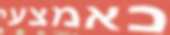
כאמצעי